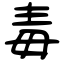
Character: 毒